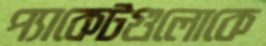
প্যাকেটগুলোকে